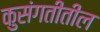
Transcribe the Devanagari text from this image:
कुसंगतीतील